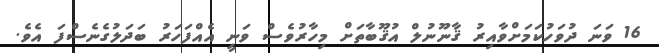
16 ވަނަ ދުވަހުކަމަށްވާއިރު ޤާނޫނުލް އުޤޫބާތަށް މިހާރުވެސް ވަނީ އެއްފަހަރު ބަދަލުގެނެސްފަ އެވެ.